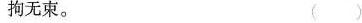
拘无束。（）